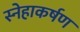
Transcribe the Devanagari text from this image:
स्नेहाकर्षण